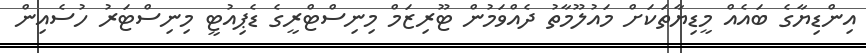
އިންޑިޔާގެ ބައެއް މީޑިޔާތަކަށް މައުލޫމާތު ދެއްވަމުން ޓޫރިޒަމް މިނިސްޓްރީގެ ޑެޕިއުޓީ މިނިސްޓަރު ހުސެއިން